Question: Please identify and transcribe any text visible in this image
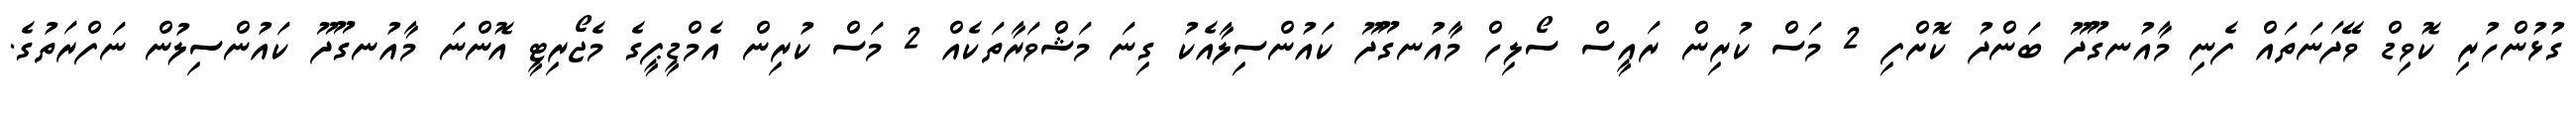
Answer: ގުޅުންހުރި ކޮވިޑް ވޭދަނަތައް ފެނި މާއުނގޫދޫ ބަންދު ކޮށްފި 2 މަސް ކުރިން ރައީސް ސޯލިހް މާއުނގޫދޫ ކައުންސިލާއެކު ގިނަ މަޝްވަރާތަކެއް 2 މަސް ކުރިން އެމްޑީޕީގެ މެޖޯރިޓީ އޮންނަ މާއުނގޫދޫ ކައުންސިލުން ނަފްރަތުގެ.